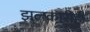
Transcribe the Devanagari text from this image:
झलकारीही